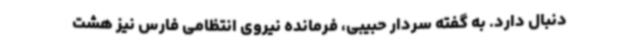
دنبال دارد. به گفته سردار حبیبی، فرمانده نیروی انتظامی فارس نیز هشت